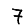
Digit: 7